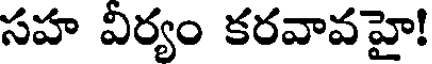
సహ విర్యం కరవావహై!